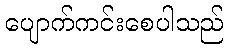
ပျောက်ကင်းစေပါသည်